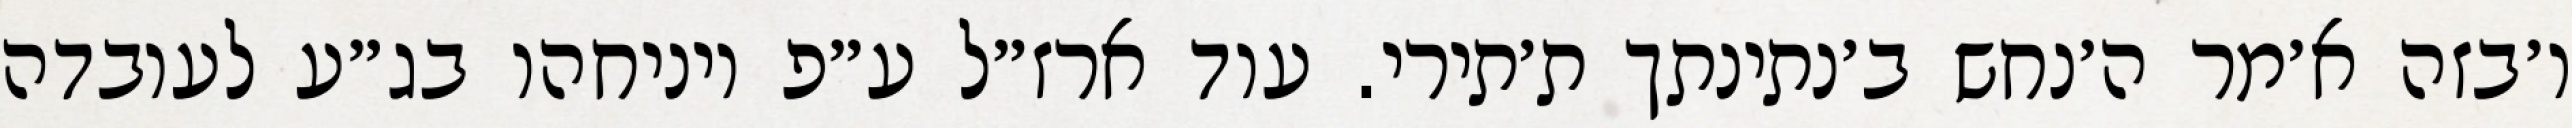
ו׳בזה א׳מר ה׳נחש ב׳נתינתך ת׳תירי. עוד ארז״ל ע״פ ויניחהו בג״ע לעובדה